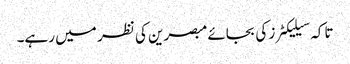
تاکہ سیلیکٹرز کی بجائے مبصرین کی نظر میں رہے۔